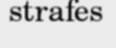
strafes